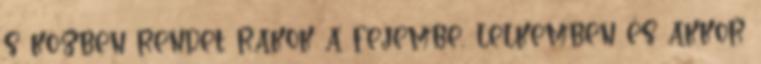
s közben rendet rakok a fejembe, lelkemben és akkor